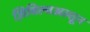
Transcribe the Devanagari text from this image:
ज़िबिल्चअल्तून